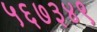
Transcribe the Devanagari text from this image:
५६७३४९